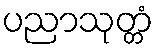
ပညာသုတ္တံ